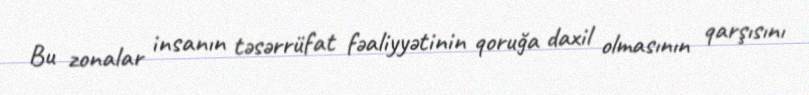
Bu zonalar insanın təsərrüfat fəaliyyətinin qoruğa daxil olmasının qarşısını